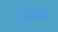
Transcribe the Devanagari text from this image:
निबाहा